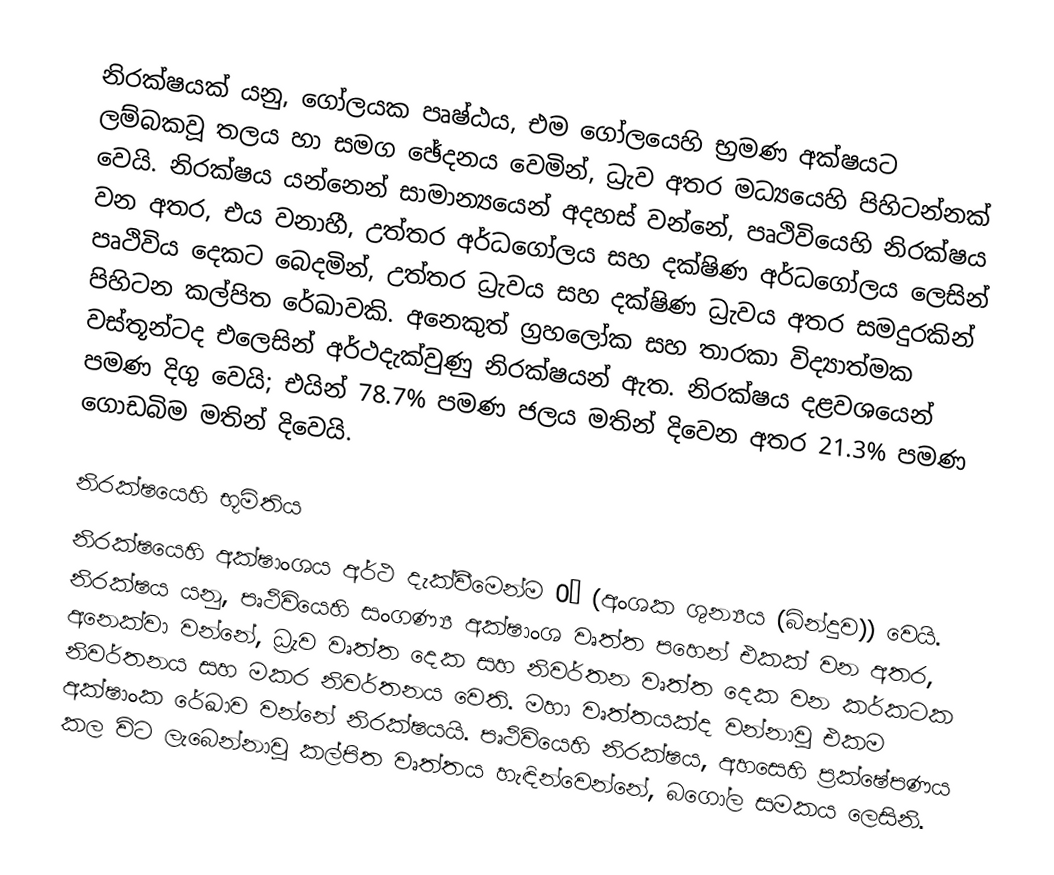
නිරක්ෂයක් යනු,  ගෝලයක පෘෂ්ඨය, එම ගෝලයෙහි  භ්‍රමණ අක්ෂයට ලම්බකවූ තලය හා සමග ඡේදනය වෙමින්, ධ්‍රැව අතර මධ්‍යයෙහි පිහිටන්නක් වෙයි. නිරක්ෂය යන්නෙන් සාමාන්‍යයෙන් අදහස් වන්නේ,  පෘථිවියෙහි නිරක්ෂය වන අතර, එය වනාහී,  උත්තර අර්ධගෝලය සහ දක්ෂිණ අර්ධගෝලය ලෙසින් පෘථිවිය දෙකට බෙදමින්, උත්තර ධ්‍රැවය සහ දක්ෂිණ ධ්‍රැවය අතර සමදුරකින් පිහිටන කල්පිත රේඛාවකි. අනෙකුත් ග්‍රහලෝක සහ තාරකා විද්‍යාත්මක වස්තූන්ටද එලෙසින් අර්ථදැක්වුණු නිරක්ෂයන් ඇත. නිරක්ෂය දළවශයෙන්  පමණ දිගු වෙයි; එයින් 78.7% පමණ ජලය මතින් දිවෙන අතර 21.3% පමණ ගොඩබිම මතින් දිවෙයි.

නිරක්ෂයෙහි භූමිතිය
නිරක්ෂයෙහි අක්ෂාංශය අර්ථ දැක්වීමෙන්ම 0° (අංශක ශුන්‍යය (බින්දුව)) වෙයි. නිරක්ෂය යනු, පෘථිවියෙහි සංගණ්‍ය අක්ෂාංශ වෘත්ත පහෙන් එකක් වන අතර, අනෙක්වා වන්නේ, ධ්‍රැව වෘත්ත දෙක සහ නිවර්තන වෘත්ත දෙක වන කර්කටක නිවර්තනය සහ මකර නිවර්තනය වෙති.  මහා වෘත්තයක්ද වන්නාවූ එකම අක්ෂාංක රේඛාව වන්නේ නිරක්ෂයයි.  පෘථිවියෙහි නිරක්ෂය, අහසෙහි ප්‍රක්ෂේපණය කල විට ලැබෙන්නාවූ කල්පිත වෘත්තය හැඳින්වෙන්නේ, බගෝල සමකය ලෙසිනි.